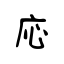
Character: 応